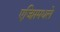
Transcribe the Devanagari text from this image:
एजिप्तमधले